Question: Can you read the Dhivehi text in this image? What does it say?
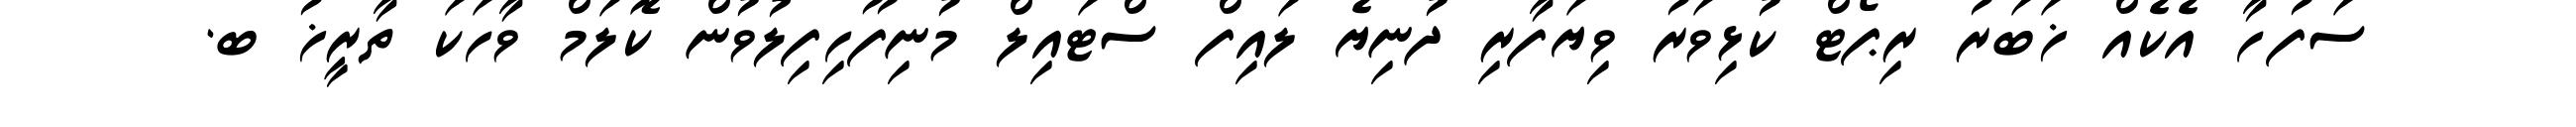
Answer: ސަފުހާ އެކެއް ޚަބަރު ރިޕޯޓް ކުޅިވަރު ވިޔަފާރި ދުނިޔެ ލައިފް ސްޓައިލް މުނިފޫހިފިލުވުން ކޮލަމް ވާހަކަ ތާރީޚު ބ.